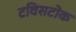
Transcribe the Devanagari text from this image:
टविसटोक